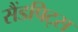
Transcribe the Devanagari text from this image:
सैंडपिट्स